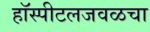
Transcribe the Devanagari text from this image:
हॉस्पीटलजवळचा